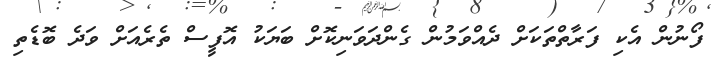
ފޯނުން އެކި ފަރާތްތަކަށް ދެއްވަމުން ގެންދަވަނިކޮށް ބަޔަކު އޮފީސް ތެރެއަށް ވަދެ ބޮޑެތި